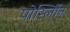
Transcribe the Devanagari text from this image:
पोर्स्लोिन